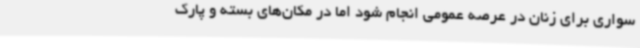
سواری برای زنان در عرصه عمومی انجام شود اما در مکان‌های بسته و پارک